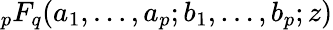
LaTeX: _pF_{q}(a_{1},\dots,a_{p};b_{1},\dots,b_{p};z)